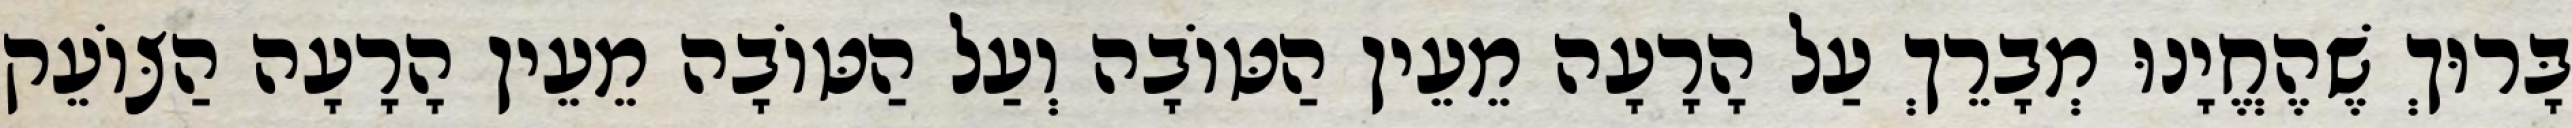
בָּרוּךְ שֶׁהֶחֱיָנוּ מְבָרֵךְ עַל הָרָעָה מֵעֵין הַטּוֹבָה וְעַל הַטּוֹבָה מֵעֵין הָרָעָה הַצּוֹעֵק